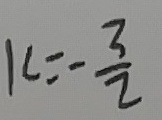
k = - \frac { 3 } { 2 }